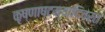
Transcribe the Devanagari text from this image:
कृष्णाष्टम्यादिव्रत